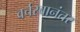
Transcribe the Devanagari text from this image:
वर्चस्वानंतर